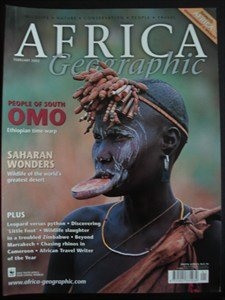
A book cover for AFRICA Geographic - February 2002 - Omo - Ethiopia - Sahara - Zimbabwe - Marrakech - Rhinos - Cameroon - Leopard - Python - Wildlife - Nature - Conservation - People - Travel -; Travel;